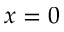
x = 0